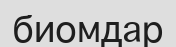
биомдар